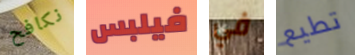
نكافح فيلبس في تطيع